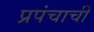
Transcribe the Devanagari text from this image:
प्रपंचाची